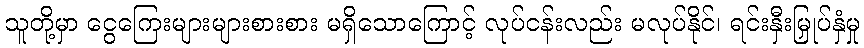
သူတို့မှာ ငွေကြေးများများစားစား မရှိသောကြောင့် လုပ်ငန်းလည်း မလုပ်နိုင်၊ ရင်းနှီးမြှုပ်နှံမှု